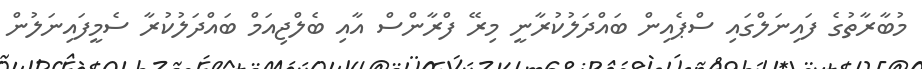
މުބާރާތުގެ ފައިނަލްގައި ސްޕެއިން ބައްދަލުކުރާނީ މިރޭ ފްރާންސް އާއި ބެލްޖިއަމް ބައްދަލުކުރާ ސެމީފައިނަލުން